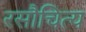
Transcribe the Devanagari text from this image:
रसौचित्य